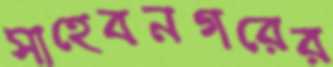
সাহেবনগরের